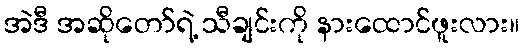
အဲဒီ အဆိုတော်ရဲ့ သီချင်းကို နားထောင်ဖူးလား။